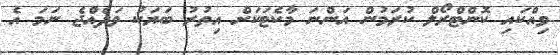
ވިއްކައި ކޮންޓްރޯލް ކުރަމުން އަންނަ މާކެޓަކަށް އިތުރު ބަޔަކު ވަދެއްޖެ ނަމަ އެ